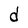
Character: d